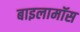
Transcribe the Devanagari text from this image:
बाइलामॉस